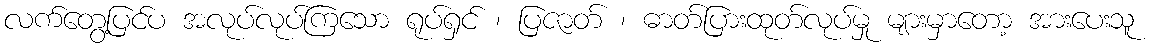
လက်တွေ့ပြင်ပ အလုပ်လုပ်ကြသော ရုပ်ရှင် ၊ ပြဇာတ် ၊ ဓာတ်ပြားထုတ်လုပ်မှု များမှာတော့ အားပေးသူ